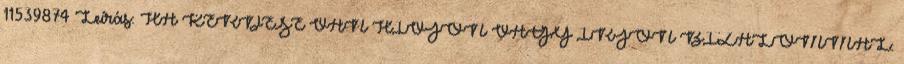
11539874 Leírás: HA KÉRDÉSE VAN HÍVJON VAGY ÍRJON BIZALOMMAL: